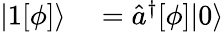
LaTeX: \begin{array}{rl}{|1[\phi]\rangle}&{{}=\hat{a}^{\dagger}[\phi]|0\rangle}\end{array}